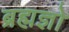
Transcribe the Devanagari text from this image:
ब्रह्मज्ञो